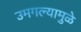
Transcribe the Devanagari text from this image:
उमगल्यामुळे